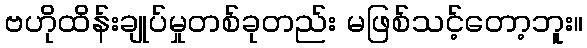
ဗဟိုထိန်းချုပ်မှုတစ်ခုတည်း မဖြစ်သင့်တော့ဘူး။